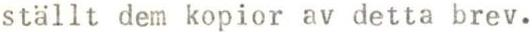
ställt dem kopior av detta brev.